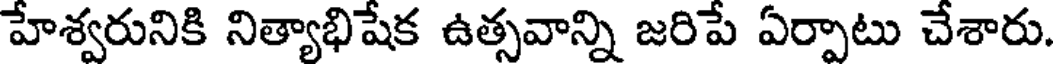
హేశ్వరునికి నిత్యాభిషేక ఉత్సవాన్ని జరిపే ఏర్పాటు చేశారు.